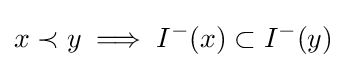
x\prec y\implies I^{-}(x)\subset I^{-}(y)